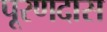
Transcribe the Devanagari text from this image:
पूरणदास